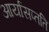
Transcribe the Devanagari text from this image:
आर्यासप्तति